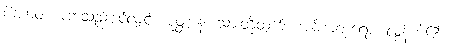
ပိတာဝ၊ အဘသည်ပင်လျှင်။ ပုတ္တာနံ၊ သားတို့ထက်။ အဓိကတရော၊ လွန်ကဲ၏။